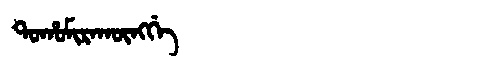
Manchu: ᡨᠣᡥᠣᠮᡳᡵᠠᡴᡡᠩᡤᡝ
Romanization: TOHOMIRAKŪNGGE